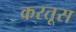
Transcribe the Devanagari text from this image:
करतूस